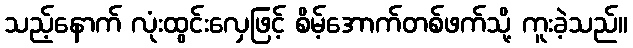
သည့်နောက် လုံးထွင်းလှေဖြင့် စိမ့်အောက်တစ်ဖက်သို့ ကူးခဲ့သည်။